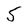
Character: 5